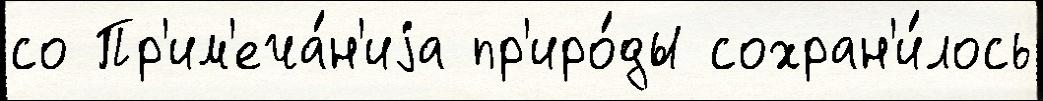
со Пр'им'еча́н'иjа пр'иро́ды сохран'и́лось